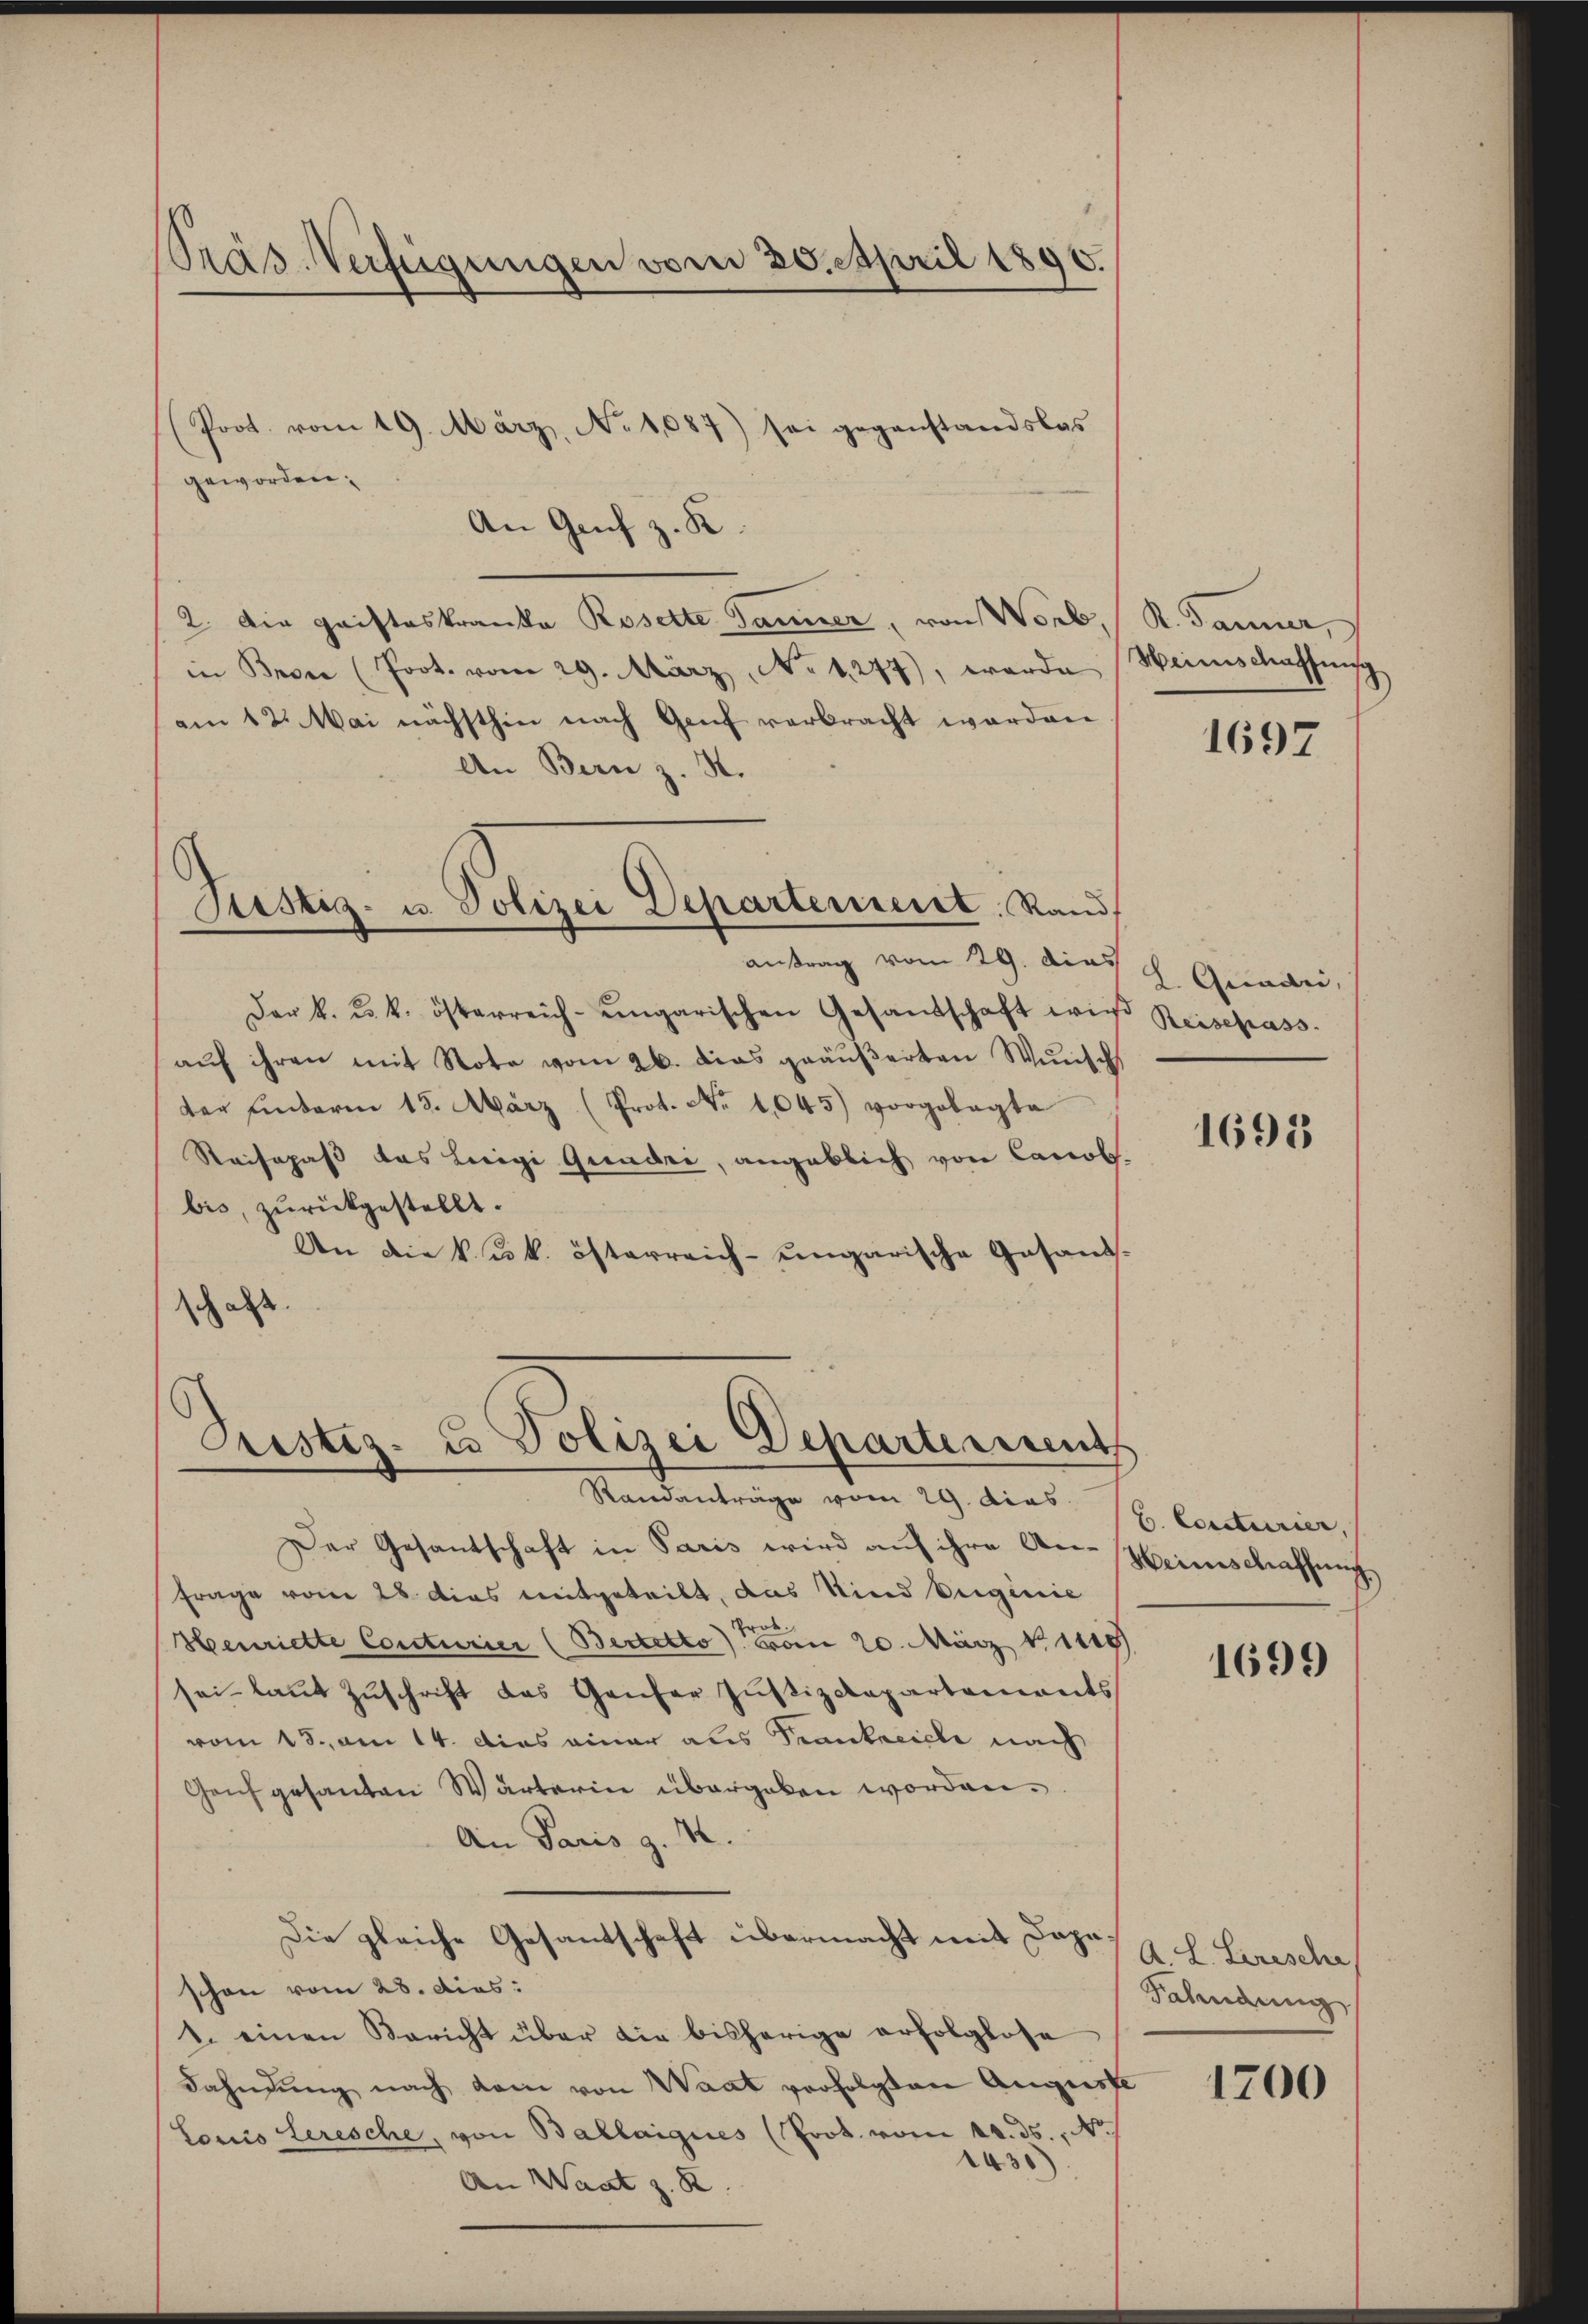
Präs. Verfügungen vom 20. April 1896.
t

Prot. vom 19. März, No 1087) sei gegenstandslas
geworden.
An Genf z. K.
2. Die gaisteskranka Rosette Jänner, von Worb,
in Bron (Prot. vom 29. März, No 1277), werde
am 12. Mai nächsthin nach Genf verbracht werden.
An Bern z. S.
Justiz- u. Polizei Departement Rand
antrag vom 29. dies 2 Guader,
Der k. u. k. österreich-ungarischen Gesandschaft wird Reisepass.
aŭf ihren mit Note vom 26. das geäußerten Wunsch
der hinterm 13. März (Prot. No 1045) vorgelegte
Reisepaß das Luigi Quadri, angeblich von Canob.
bis, zurückgestellt.
An die kuk. österreich-ungarische Gesandch als

Pristig. u. Polizei Departement
Randanträge vom 29. dies

Der Gesantschaft in Paris wird auf ihre An-Weinschaffung
Frage vom 28 dies mitgeteilt, das Kind beiginie
Henriette Conturier (Bertotto von 20. März 1848
sei- laut Zuschrift das Ganzer Justizdepartements
vom 15. am 14. dies einer aus Trankreiche nach
Genf gesanten Wärterin übergaben worden.
An Paris g. 4.
Die gleiche Gesantschaft übermacht mit Josef G. L. Lirische
schon vom 28. dies:
1. einen Bericht über die bisherige erfolglose
Fahndŭng nach dem von Waat verfolgten August
Lonio Lerische, von Ballaigues (Prot. vom 14. ds., Nr. 1
1430)
An Waat z. B.

R. Jänner,
Miinischaffensch

1697

1695

B. Conturier,

1699

Fahndung

1700